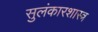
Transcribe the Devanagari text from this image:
सुलंकारशास्त्र